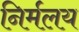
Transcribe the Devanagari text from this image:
निर्मलय